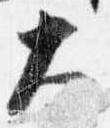
大